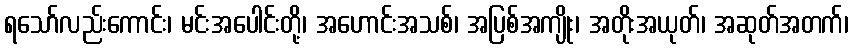
ရသော်လည်းကောင်း၊ မင်းအပေါင်းတို့၊ အဟောင်းအသစ်၊ အပြစ်အကျိုး၊ အတိုးအယုတ်၊ အဆုတ်အတက်၊